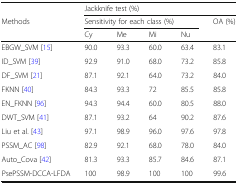
|  | <COLSPAN=5> Jackknife test (%) |
 | <ROWSPAN=2> Methods | <COLSPAN=4> Sensitivity for each class (%) | <ROWSPAN=2> OA (%) |
 | Cy | Me | Mi | Nu |
 | --- | --- | --- | --- | --- | --- |
 | EBGW_SVM [15] | 90.0 | 93.3 | 60.0 | 63.4 | 83.1 |
 | ID_SVM [39] | 92.9 | 91.0 | 68.0 | 73.2 | 85.8 |
 | DF_SVM [21] | 87.1 | 92.1 | 64.0 | 73.2 | 84.0 |
 | FKNN [40] | 84.3 | 93.3 | 72 | 85.5 | 85.8 |
 | EN_FKNN [96] | 94.3 | 94.4 | 60.0 | 80.5 | 88.0 |
 | DWT_SVM [41] | 87.1 | 93.2 | 64 | 90.2 | 87.6 |
 | Liu et al. [43] | 97.1 | 98.9 | 96.0 | 97.6 | 97.8 |
 | PSSM_AC [98] | 82.9 | 92.1 | 68.0 | 78.0 | 84.0 |
 | Auto_Cova [42] | 81.3 | 93.3 | 85.7 | 84.6 | 87.1 |
 | PsePSSM-DCCA-LFDA | 100 | 98.9 | 100 | 100 | 99.6 |